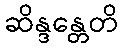
ဆိန္ဒန္တေတိ